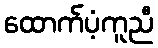
ထောက်ပံ့ကူညီ